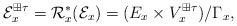
LaTeX: \begin{align*}\mathcal E^{\boxplus\tau}_x =\mathcal R_x^*(\mathcal E_x)= (E_x \times V^{\boxplus\tau}_x)/\Gamma_x,\end{align*}